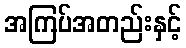
အကြပ်အတည်းနှင့်